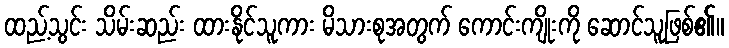
ထည့်သွင်း သိမ်းဆည်း ထားနိုင်သူကား မိသားစုအတွက် ကောင်းကျိုးကို ဆောင်သူဖြစ်၏။